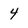
Character: 4